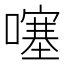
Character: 噻